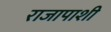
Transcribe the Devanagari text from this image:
राजापाशी